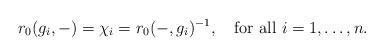
LaTeX: \begin{align*}r_0 (g_{i}, -) = \chi_{i} = r_0(-, g_{i})^{-1},\quad\mbox{for all } i=1, \dots, n.\end{align*}